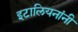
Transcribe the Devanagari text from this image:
इटालियनांनी